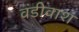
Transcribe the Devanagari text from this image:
वंडीवाश